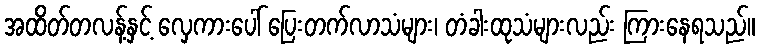
အထိတ်တလန့်နှင့် လှေကားပေါ် ပြေးတက်လာသံများ၊ တံခါးထုသံများလည်း ကြားနေရသည်။